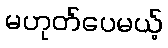
မဟုတ်ပေမယ့်